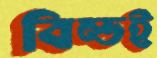
বিল্ডই